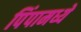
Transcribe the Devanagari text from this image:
पिंपामध्ये